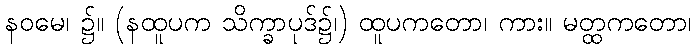
နဝမေ၊ ၌။ (နထူပက သိက္ခာပုဒ်၌၊) ထူပကတော၊ ကား။ မတ္ထကတော၊